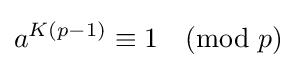
a^{K(p-1)}\equiv 1{\pmod {p}}